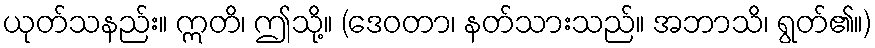
ယုတ်သနည်း။ ဣတိ၊ ဤသို့။ (ဒေဝတာ၊ နတ်သားသည်။ အဘာသိ၊ ရွတ်၏။)